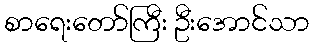
စာရေးတော်ကြီး ဦးအောင်သာ